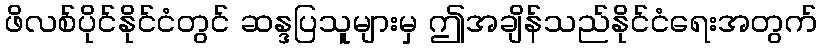
ဖိလစ်ပိုင်နိုင်ငံတွင် ဆန္ဒပြသူများမှ ဤအချိန်သည်နိုင်ငံရေးအတွက်